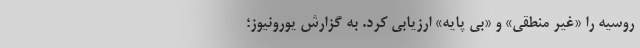
روسیه را «غیر منطقی» و «بی پایه» ارزیابی کرد. به گزارش یورونیوز؛